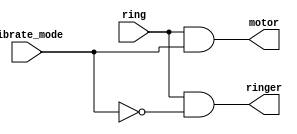
module top_module (
    input ring, vibrate_mode,
    output ringer, motor);
    
    assign motor = ring & vibrate_mode;
    assign ringer = ring & !vibrate_mode;
endmodule